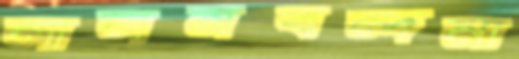
লালনবন্দনা